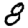
Digit: 8